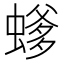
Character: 𱿿